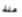
منذ